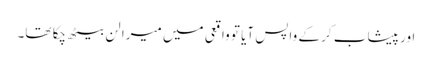
اور پیشاب کر کے واپس آیا تو واقعی میں میرا لن بیٹھ چکا تھا۔